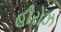
હીરોઝ